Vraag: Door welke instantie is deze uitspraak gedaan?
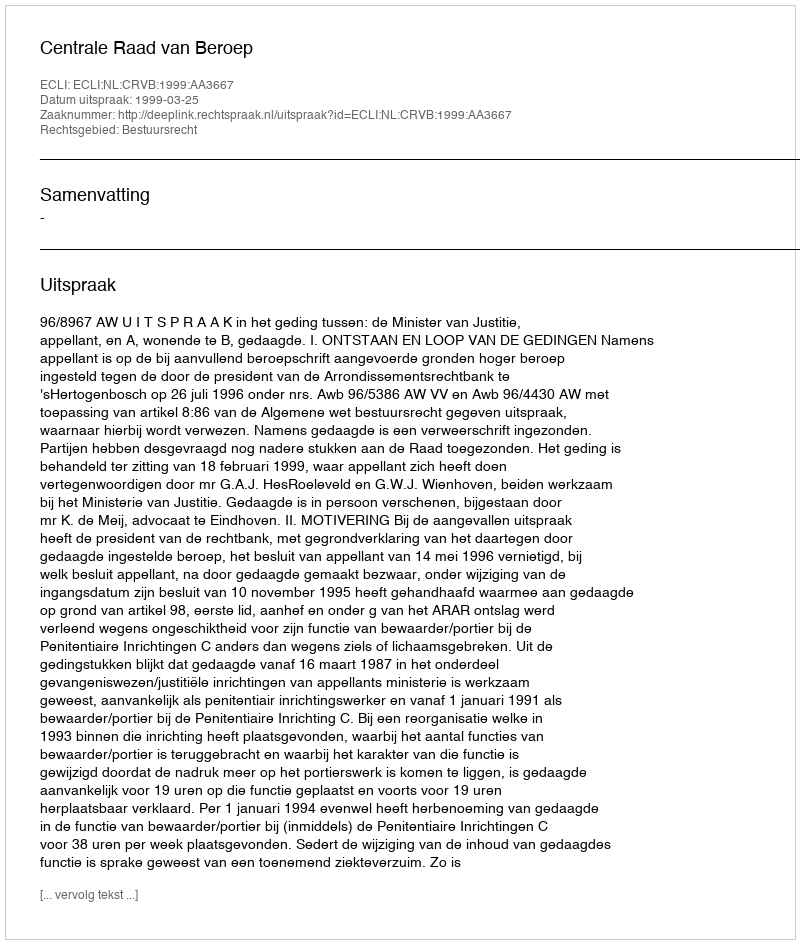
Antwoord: Centrale Raad van Beroep